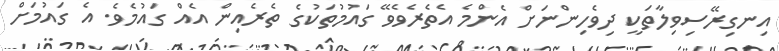
އިނގިރޭސިވިލާތަކީ ދިވެހިންނަށް އެންމެ އެތެރެވެވޭ ގައުމުތަކުގެ ތެރެއިން އެއް ގައުމެވެ. އެ ގައުމަށް